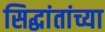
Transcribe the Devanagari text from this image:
सिद्धांतांच्या